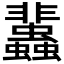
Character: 𧕿